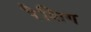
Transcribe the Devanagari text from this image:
रैशिग